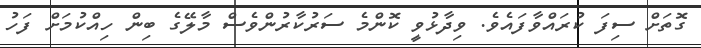
ގޮތަށް ސިފަ ކުރައްވާފައެވެ. ވިދާޅުވީ ކޮންމެ ސަރުކާރުންވެސް މާލޭގެ ބިން ހިއްކުމަށް ފަހު